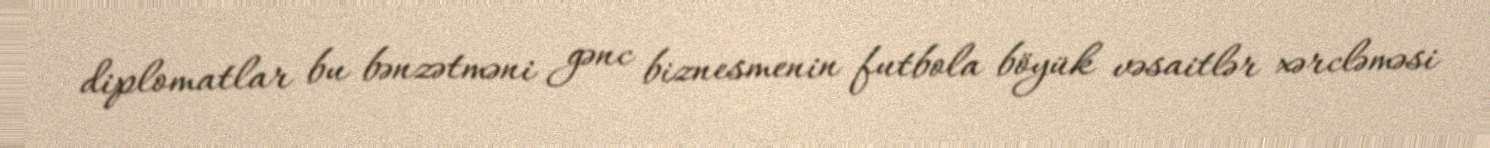
diplomatlar bu bənzətməni gənc biznesmenin futbola böyük vəsaitlər xərcləməsi